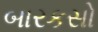
બારકસો